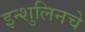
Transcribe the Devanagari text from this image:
इन्शुलिनचे